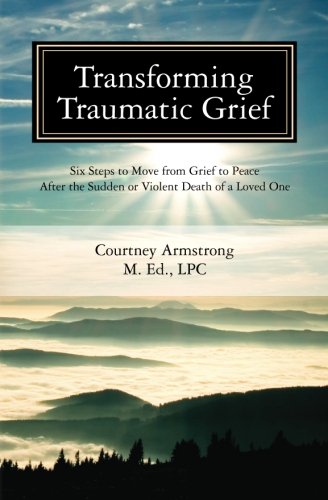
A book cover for Transforming Traumatic Grief: Six Steps to Move from Grief to Peace After the Sudden or Violent Death of a Loved One; Courtney M Armstrong LPC; Self-Help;